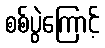
စစ်ပွဲကြောင့်